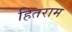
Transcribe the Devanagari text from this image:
हितराम